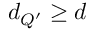
d _ { Q ^ { \prime } } \geq d